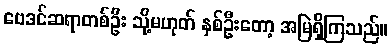
ဗေဒင်ဆရာတစ်ဦး သို့မဟုတ် နှစ်ဦးတော့ အမြဲရှိကြသည်။